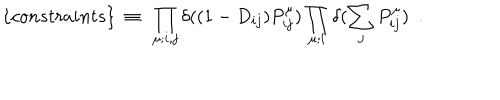
\{ c o n s t r a i n t s \} ~ \equiv ~ \prod _ { \mu ; i , j } \delta ( ( 1 - D _ { i j } ) P _ { i j } ^ { \mu } ) \prod _ { \mu ; i } \delta ( \sum _ { j } P _ { i j } ^ { \mu } ) ~ ~ .